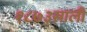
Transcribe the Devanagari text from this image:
१८७३साली